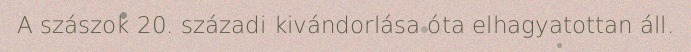
A szászok 20. századi kivándorlása óta elhagyatottan áll.